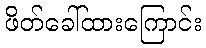
ဖိတ်ခေါ်ထားကြောင်း